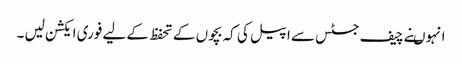
انہوںنے چیف جسٹس سے اپیل کی کہ بچوں کے تحفظ کے لیے فوری ایکشن لیں ۔